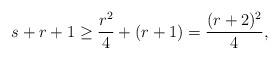
LaTeX: \begin{align*}s+r+1 \geq \frac{r^2}{4} + (r+1) = \frac{(r+2)^2}{4},\end{align*}